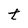
Character: t